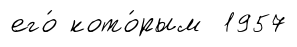
его́ кото́рым 1957